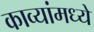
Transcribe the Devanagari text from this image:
काव्यांमध्ये